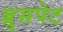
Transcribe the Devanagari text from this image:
ब्रुसपेट